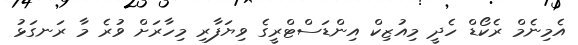
އެމިނެމް ރެކޯޑް ހެދީ މިއުޒިކް އިންޑަސްޓްރީގެ ވިޔަފާރި މިހާރަށް ވުރެ މާ ރަނގަޅު